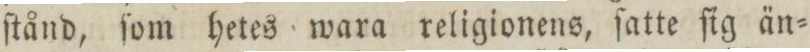
ſtånd, ſom hetes wara religionens, ſatte ſig än=